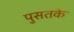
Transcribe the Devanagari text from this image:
पुसतके